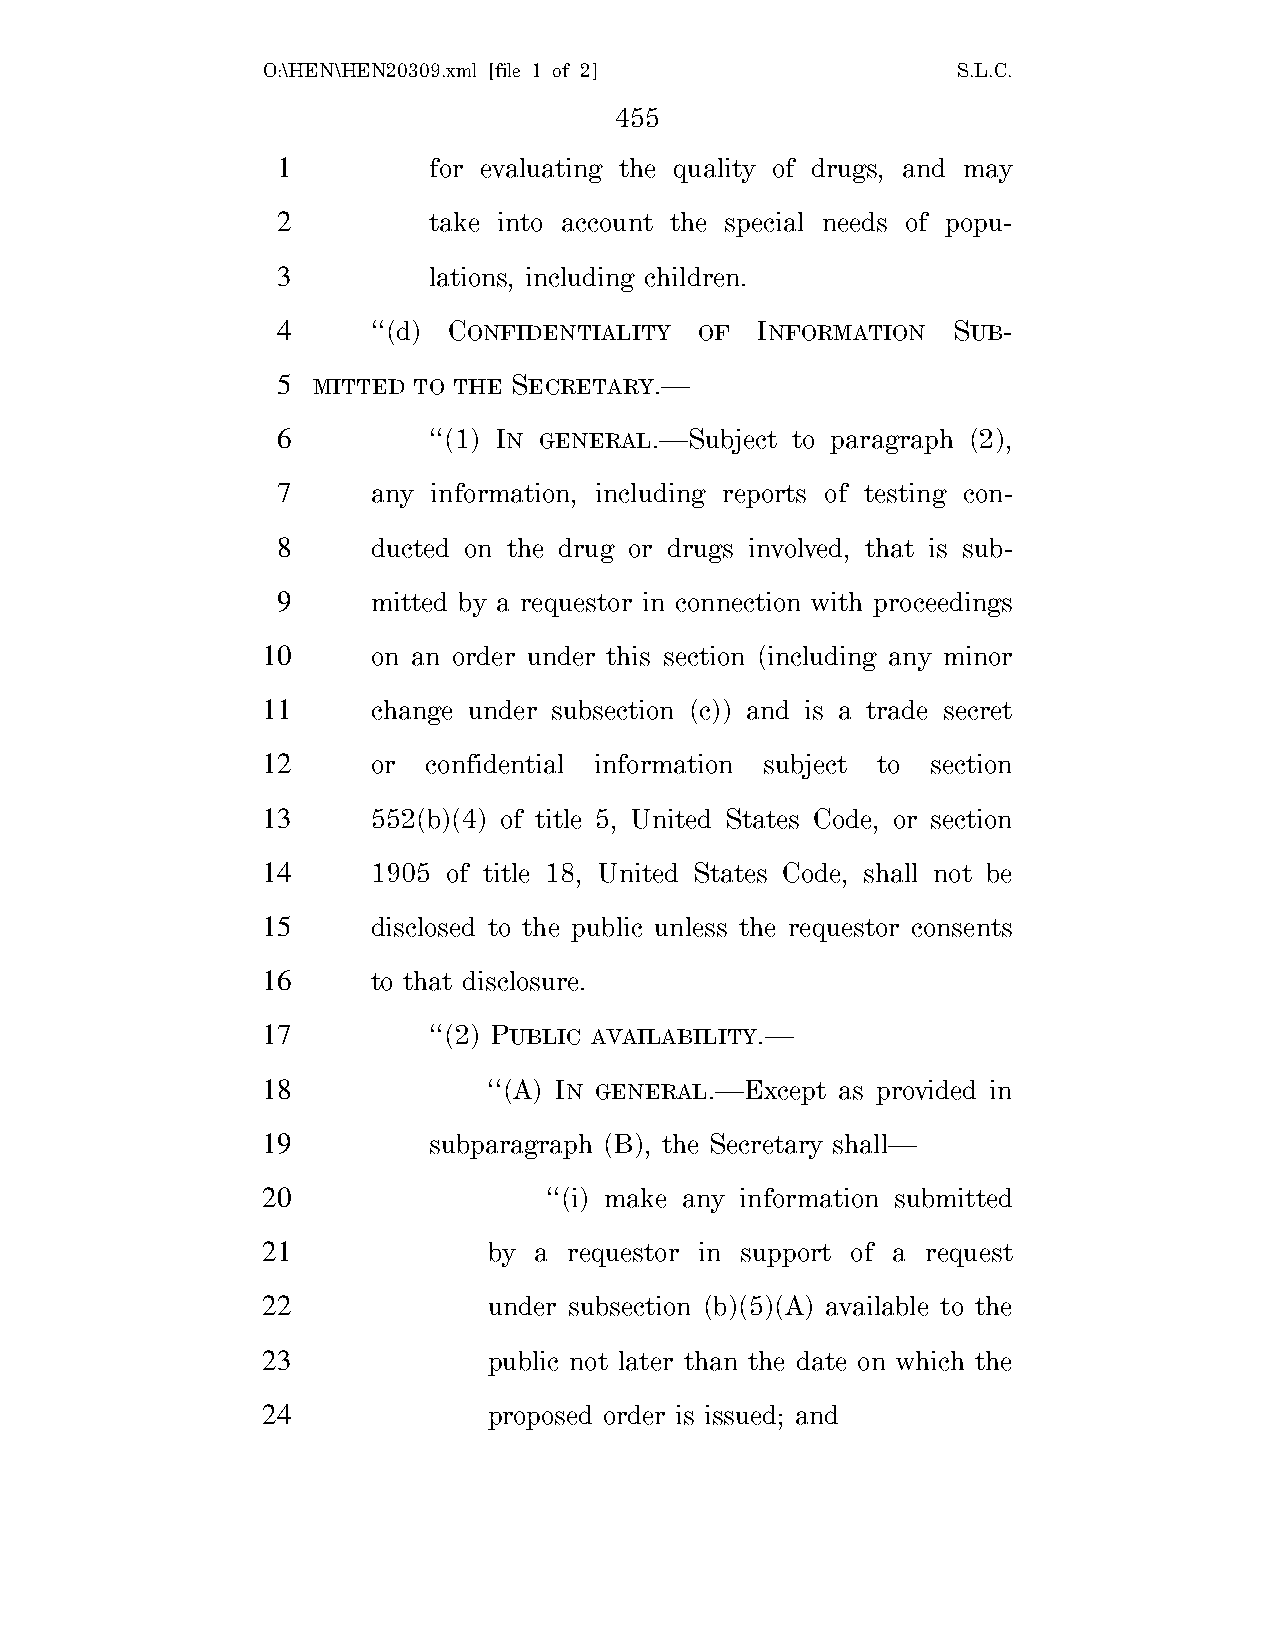
O:\HEN\HEN20309.xml [file 1 of 2]             S.L.C.
 455
 1         for evaluating the quality of drugs, and may
 2         take into account the special needs of popu-
 3         lations, including children.
 4      ‘‘(d) CONFIDENTIALITY OF INFORMATION  SUB-
 5  MITTED TO THE SECRETARY.—
 6         ‘‘(1) IN GENERAL.—Subject to paragraph (2),
 7      any information, including reports of testing con-
 8      ducted on the drug or drugs involved, that is sub-
 9      mitted by a requestor in connection with proceedings
 10      on an order under this section (including any minor
 11      change under subsection (c)) and is a trade secret
 12      or confidential information subject to section
 13      552(b)(4) of title 5, United States Code, or section
 14      1905 of title 18, United States Code, shall not be
 15      disclosed to the public unless the requestor consents
 16      to that disclosure.
 17         ‘‘(2) PUBLIC AVAILABILITY.—
 18             ‘‘(A) IN GENERAL.—Except as provided in
 19         subparagraph (B), the Secretary shall—
 20                 ‘‘(i) make any information submitted
 21             by a  requestor in support of a request
 22             under subsection (b)(5)(A) available to the
 23             public not later than the date on which the
 24             proposed order is issued; and